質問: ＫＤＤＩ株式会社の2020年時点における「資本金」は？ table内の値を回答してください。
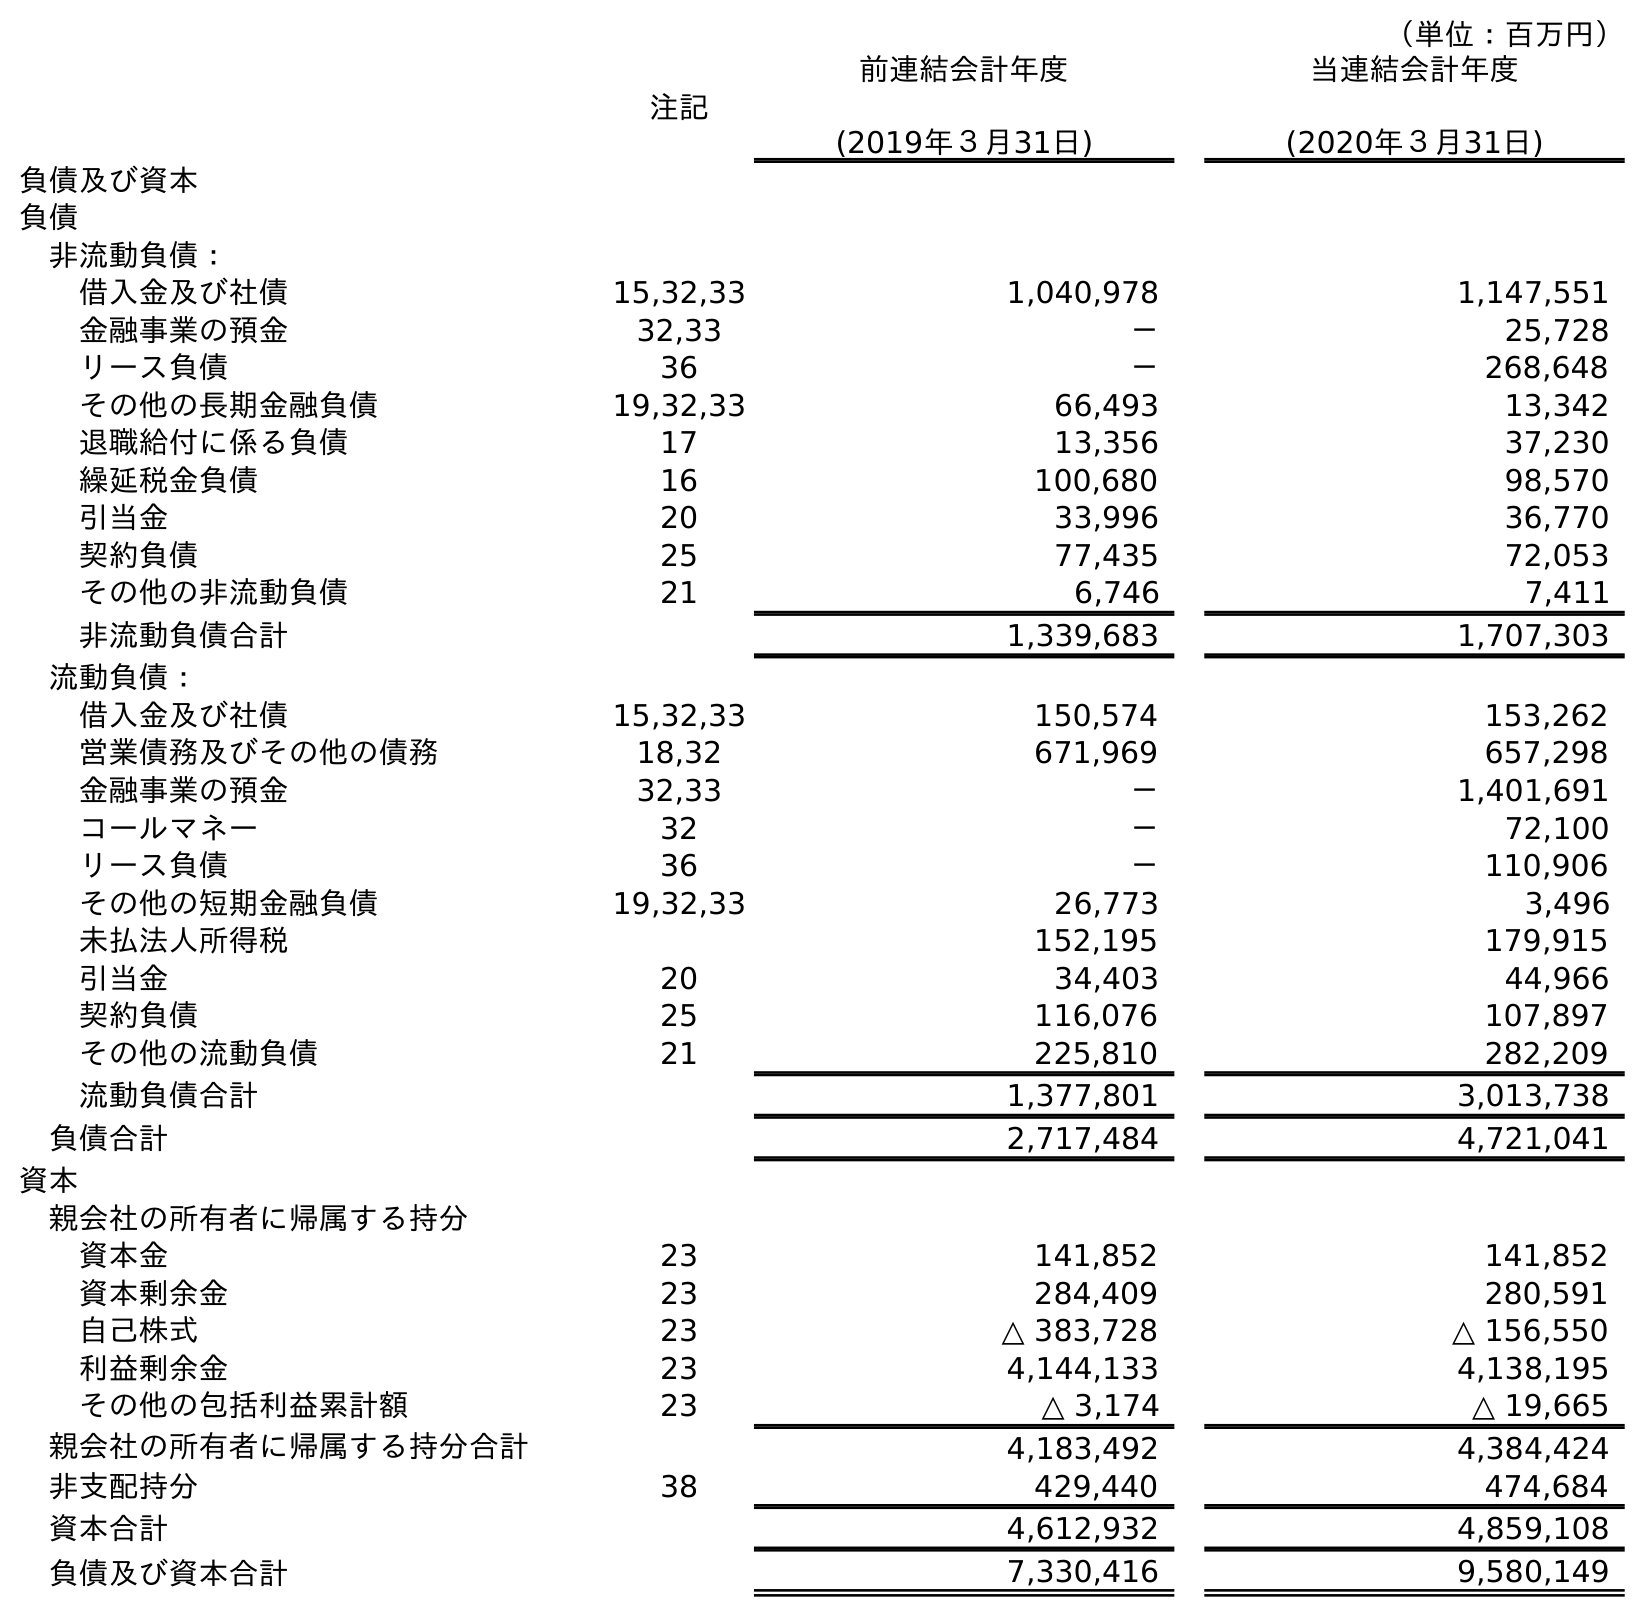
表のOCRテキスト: （単位：百万円） 注記 前連結会計年度 (2019年３月31日) 当連結会計年度 (2020年３月31日) 負債及び資本 負債 非流動負債： 借入金及び社債 15,32,33 1,040,978 1,147,551 金融事業の預金 32,33 － 25,728 リース負債 36 － 268,648 その他の長期金融負債 19,32,33 66,493 13,342 退職給付に係る負債 17 13,356 37,230 繰延税金負債 16 100,680 98,570 引当金 20 33,996 36,770 契約負債 25 77,435 72,053 その他の非流動負債 21 6,746 7,411 非流動負債合計 1,339,683 1,707,303 流動負債： 借入金及び社債 15,32,33 150,574 153,262 営業債務及びその他の債務 18,32 671,969 657,298 金融事業の預金 32,33 － 1,401,691 コールマネー 32 － 72,100 リース負債 36 － 110,906 その他の短期金融負債 19,32,33 26,773 3,496 未払法人所得税 152,195 179,915 引当金 20 34,403 44,966 契約負債 25 116,076 107,897 その他の流動負債 21 225,810 282,209 流動負債合計 1,377,801 3,013,738 負債合計 2,717,484 4,721,041 資本 親会社の所有者に帰属する持分 資本金 23 141,852 141,852 資本剰余金 23 284,409 280,591 自己株式 23 △ 383,728 △ 156,550 利益剰余金 23 4,144,133 4,138,195 その他の包括利益累計額 23 △ 3,174 △ 19,665 親会社の所有者に帰属する持分合計 4,183,492 4,384,424 非支配持分 38 429,440 474,684 資本合計 4,612,932 4,859,108 負債及び資本合計 7,330,416 9,580,149
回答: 141,852